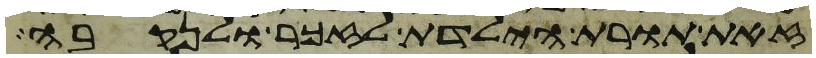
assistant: זאת תורת הילדת לזכר ולנקבה